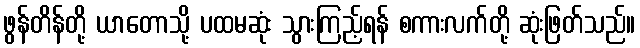
ဖွန်တိန်တို့ ယာတောသို့ ပထမဆုံး သွားကြည့်ရန် စကားလက်တို့ ဆုံးဖြတ်သည်။